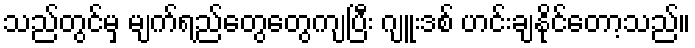
သည်တွင်မှ မျက်ရည်တွေတွေကျပြီး ဂျူးဒစ် ဟင်းချနိုင်တော့သည်။